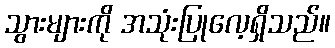
သွားများကို အသုံးပြုလေ့ရှိသည်။